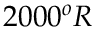
2 0 0 0 ^ { o } R